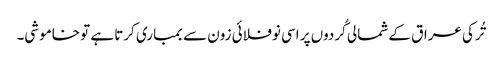
تُرکی عراق کے شمالی کُردوں پر اسی نوفلائی زون سے بمباری کرتا ہے تو خاموشی۔